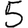
Digit: 5